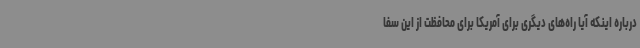
درباره اینکه آیا راه‌های دیگری برای آمریکا برای محافظت از این سفا